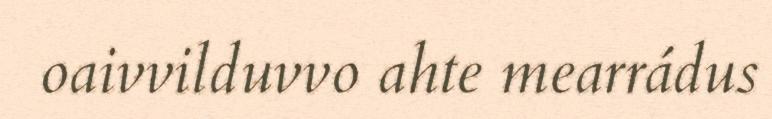
oaivvilduvvo ahte mearrádus